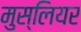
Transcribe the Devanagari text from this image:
मुस्लियर